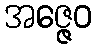
အဇ္ဇေဝ